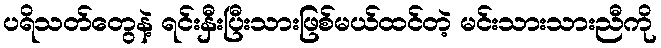
ပရိသတ်တွေနဲ့ ရင်းနှီးပြီးသားဖြစ်မယ်ထင်တဲ့ မင်းသားသားညီကို